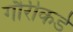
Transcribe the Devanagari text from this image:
गौरीकडे